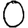
Digit: 0